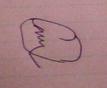
Signature authenticity: forged